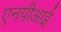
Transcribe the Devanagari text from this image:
एनपीआई